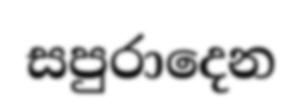
සපුරාදෙන